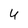
Character: 4